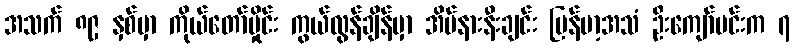
အသက် ၈၉ နှစ်မှာ ကိုယ်တော်မှိုင်း ကွယ်လွန်ချိန်မှာ အိမ်နားနီးချင်း မြန်မာ့အသံ ဦးကျော်မင်းက ၇